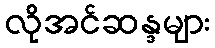
လိုအင်ဆန္ဒများ